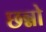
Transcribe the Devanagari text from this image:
छन्नो